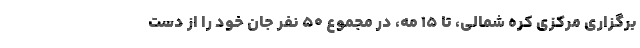
برگزاری مرکزی کره شمالی، تا ۱۵ مه، در مجموع ۵۰ نفر جان خود را از دست